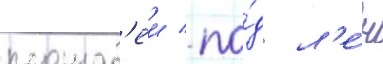
площад'еи / по́д л'е́н